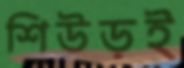
শিউড়ই